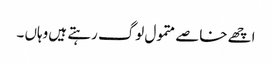
اچھے خاصے متمول لوگ رہتے ہیں وہاں ۔